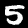
Digit: 5